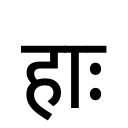
OCR:
हाः